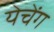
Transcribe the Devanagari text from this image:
येचेंग